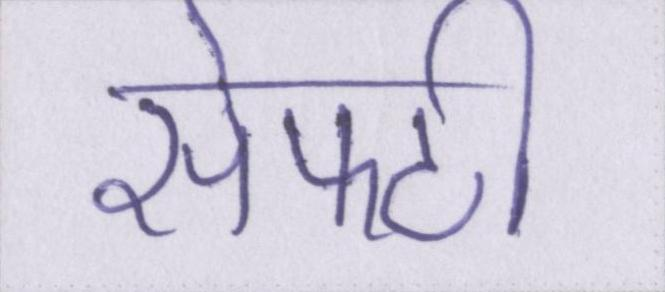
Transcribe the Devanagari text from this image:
सेफ्टी